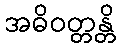
အဓိဝတ္တန္တိ